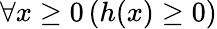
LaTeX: \forall x\geq 0\left(h(x)\geq 0\right)